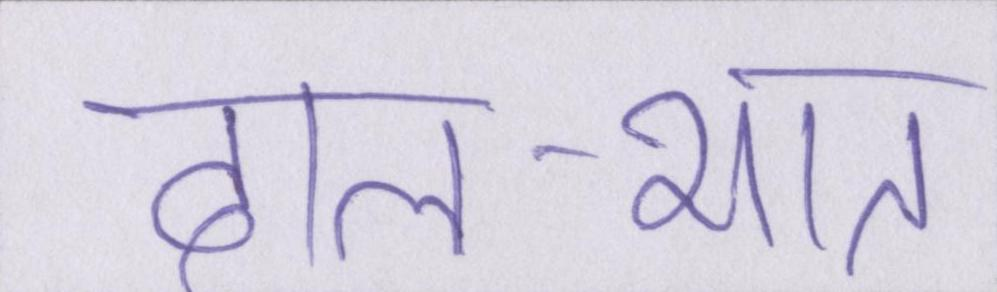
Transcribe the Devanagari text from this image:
दाल-भात